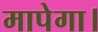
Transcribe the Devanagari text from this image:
मापेगा।